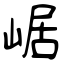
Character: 崌